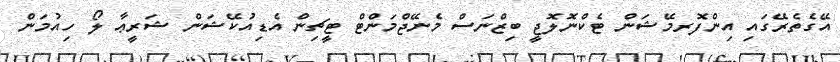
އޭގެތެރޭގައި އިންފޮރމޭޝަން ޓެކްނޮލޮޖީ ބިޒްނަސް މެނޭޖްމަންޓް ޓީޗިން އެޑިއުކޭޝަން ޝަރީޢާ ލޯ ހިއުމަން